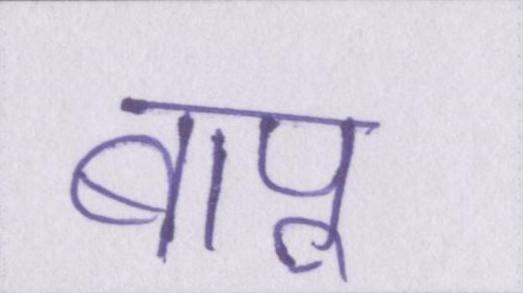
बापू